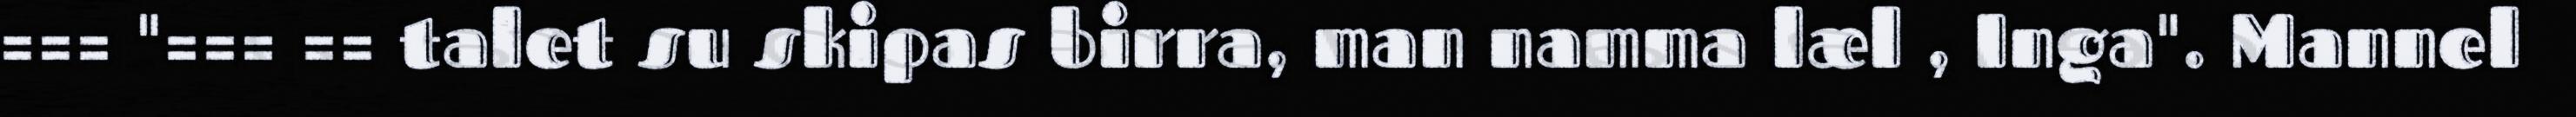
=== "=== == talet su skipas birra, man namma læl , Inga". Mannel